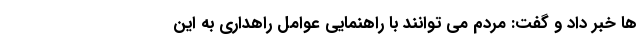
ها خبر داد و گفت: مردم می توانند با راهنمایی عوامل راهداری به این